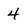
Character: 4